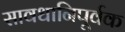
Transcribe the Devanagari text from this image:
सावधानिपूर्वक